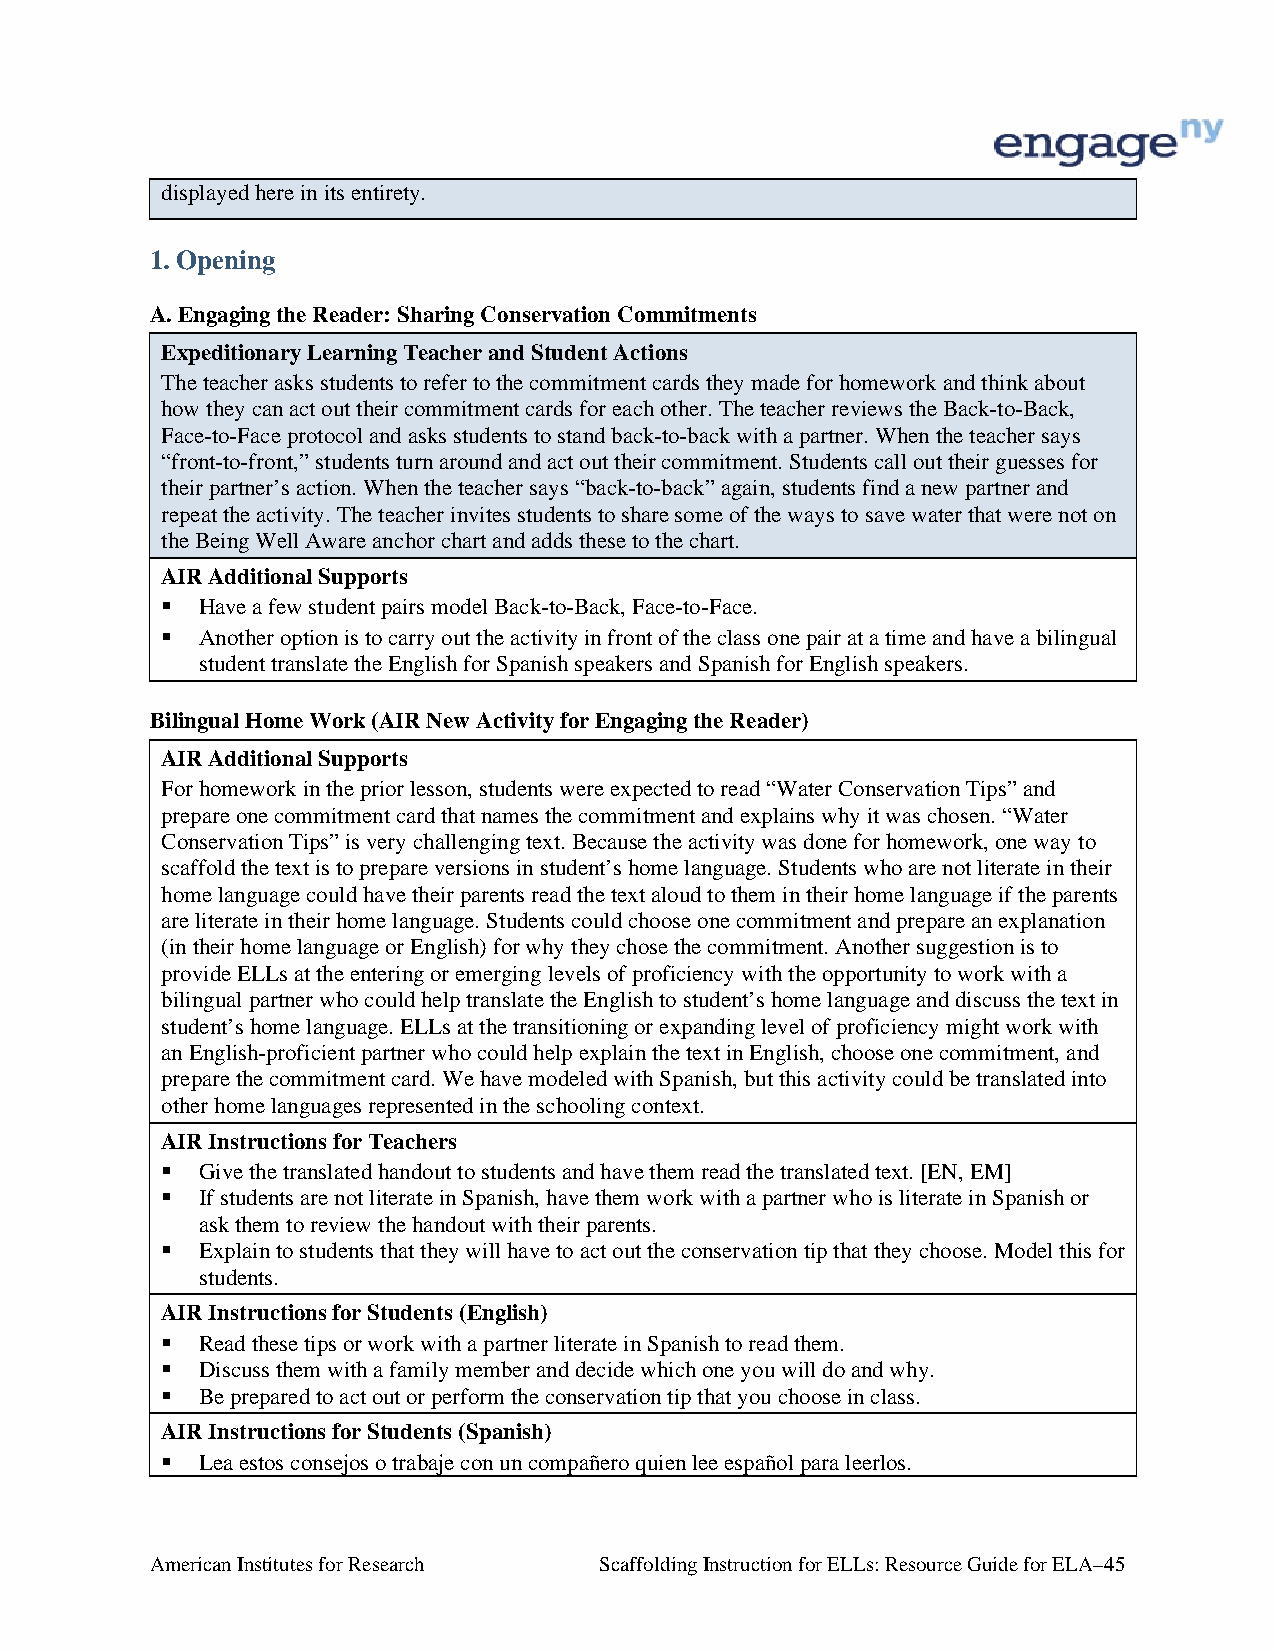
displayed here in its entirety.
 1. Opening
 A. Engaging the Reader: Sharing Conservation Commitments
 Expeditionary Learning Teacher and Student Actions
 The teacher asks students to refer to the commitment cards they made for homework and think about
 how they can act out their commitment cards for each other. The teacher reviews the Back-to-Back,
 Face-to-Face protocol and asks students to stand back-to-back with a partner. When the teacher says
 “front-to-front,” students turn around and act out their commitment. Students call out their guesses for
 their partner’s action. When the teacher says “back-to-back” again, students find a new partner and
 repeat the activity. The teacher invites students to share some of the ways to save water that were not on
 the Being Well Aware anchor chart and adds these to the chart.
 AIR Additional Supports
  Have a few student pairs model Back-to-Back, Face-to-Face.
  Another option is to carry out the activity in front of the class one pair at a time and have a bilingual
 student translate the English for Spanish speakers and Spanish for English speakers.
 Bilingual Home Work (AIR New Activity for Engaging the Reader)
 AIR Additional Supports
 For homework in the prior lesson, students were expected to read “Water Conservation Tips” and
 prepare one commitment card that names the commitment and explains why it was chosen. “Water
 Conservation Tips” is very challenging text. Because the activity was done for homework, one way to
 scaffold the text is to prepare versions in student’s home language. Students who are not literate in their
 home language could have their parents read the text aloud to them in their home language if the parents
 are literate in their home language. Students could choose one commitment and prepare an explanation
 (in their home language or English) for why they chose the commitment. Another suggestion is to
 provide ELLs at the entering or emerging levels of proficiency with the opportunity to work with a
 bilingual partner who could help translate the English to student’s home language and discuss the text in
 student’s home language. ELLs at the transitioning or expanding level of proficiency might work with
 an English-proficient partner who could help explain the text in English, choose one commitment, and
 prepare the commitment card. We have modeled with Spanish, but this activity could be translated into
 other home languages represented in the schooling context.
 AIR Instructions for Teachers
  Give the translated handout to students and have them read the translated text. [EN, EM]
  If students are not literate in Spanish, have them work with a partner who is literate in Spanish or
 ask them to review the handout with their parents.
  Explain to students that they will have to act out the conservation tip that they choose. Model this for
 students.
 AIR Instructions for Students (English)
  Read these tips or work with a partner literate in Spanish to read them.
  Discuss them with a family member and decide which one you will do and why.
  Be prepared to act out or perform the conservation tip that you choose in class.
 AIR Instructions for Students (Spanish)
  Lea estos consejos o trabaje con un compañero quien lee español para leerlos.
 American Institutes for Research Scaffolding Instruction for ELLs: Resource Guide for ELA–45